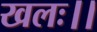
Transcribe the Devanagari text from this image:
खलः।।